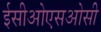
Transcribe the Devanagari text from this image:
ईसीओएसओसी